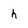
Character: h